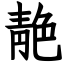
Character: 靘